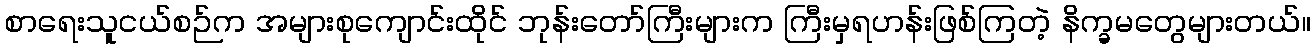
စာရေးသူငယ်စဉ်က အများစုကျောင်းထိုင် ဘုန်းတော်ကြီးများက ကြီးမှရဟန်းဖြစ်ကြတဲ့ နိက္ခမတွေများတယ်။